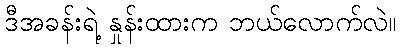
ဒီအခန်းရဲ့ နှုန်းထားက ဘယ်လောက်လဲ။